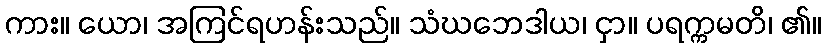
ကား။ ယော၊ အကြင်ရဟန်းသည်။ သံဃဘေဒါယ၊ ငှာ။ ပရက္ကမတိ၊ ၏။